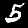
Digit: 5